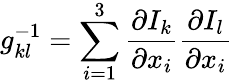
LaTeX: g_{kl}^{-1}=\sum_{i=1}^{3}\frac{\partial I_{k}}{\partial x_{i}}\frac{\partial I_{l}}{\partial x_{i}}